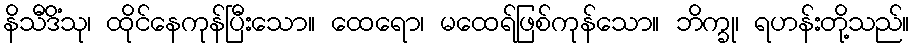
နိသီဒိံသု၊ ထိုင်နေကုန်ပြီးသော။ ထေရော၊ မထေရ်ဖြစ်ကုန်သော။ ဘိက္ခု၊ ရဟန်းတို့သည်။